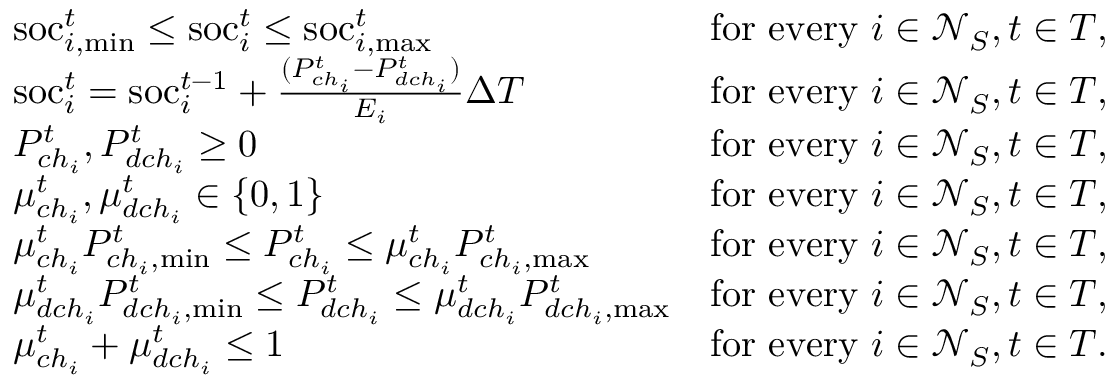
\begin{array} { r l r } & { \mathrm { s o c } _ { i , \mathrm { m i n } } ^ { t } \leq \mathrm { s o c } _ { i } ^ { t } \leq \mathrm { s o c } _ { i , \mathrm { m a x } } ^ { t } } & { \mathrm { f o r ~ e v e r y ~ } i \in \mathcal { N } _ { S } , t \in T , } \\ & { \mathrm { s o c } _ { i } ^ { t } = \mathrm { s o c } _ { i } ^ { t - 1 } + \frac { ( P _ { c h _ { i } } ^ { t } - P _ { d c h _ { i } } ^ { t } ) } { E _ { i } } \Delta T } & { \mathrm { f o r ~ e v e r y ~ } i \in \mathcal { N } _ { S } , t \in T , } \\ & { P _ { c h _ { i } } ^ { t } , P _ { d c h _ { i } } ^ { t } \geq 0 } & { \mathrm { f o r ~ e v e r y ~ } i \in \mathcal { N } _ { S } , t \in T , } \\ & { \mu _ { c h _ { i } } ^ { t } , \mu _ { d c h _ { i } } ^ { t } \in \{ 0 , 1 \} } & { \mathrm { f o r ~ e v e r y ~ } i \in \mathcal { N } _ { S } , t \in T , } \\ & { \mu _ { c h _ { i } } ^ { t } P _ { c h _ { i } , \mathrm { m i n } } ^ { t } \leq P _ { c h _ { i } } ^ { t } \leq \mu _ { c h _ { i } } ^ { t } P _ { c h _ { i } , \mathrm { m a x } } ^ { t } } & { \mathrm { f o r ~ e v e r y ~ } i \in \mathcal { N } _ { S } , t \in T , } \\ & { \mu _ { d c h _ { i } } ^ { t } P _ { d c h _ { i } , \mathrm { m i n } } ^ { t } \leq P _ { d c h _ { i } } ^ { t } \leq \mu _ { d c h _ { i } } ^ { t } P _ { d c h _ { i } , \mathrm { m a x } } ^ { t } } & { \mathrm { f o r ~ e v e r y ~ } i \in \mathcal { N } _ { S } , t \in T , } \\ & { \mu _ { c h _ { i } } ^ { t } + \mu _ { d c h _ { i } } ^ { t } \leq 1 } & { \mathrm { f o r ~ e v e r y ~ } i \in \mathcal { N } _ { S } , t \in T . } \end{array}